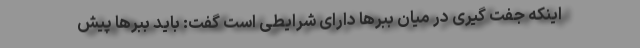
اینکه جفت گیری در میان ببرها دارای شرایطی است گفت: باید ببرها پیش